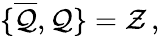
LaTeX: \{ \overline{{{\cal{Q}}}},{\cal{Q}}\} ={\cal{Z}}\, ,